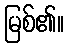
မြစ်၏။